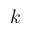
k